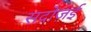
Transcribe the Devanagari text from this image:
सदोज़ई